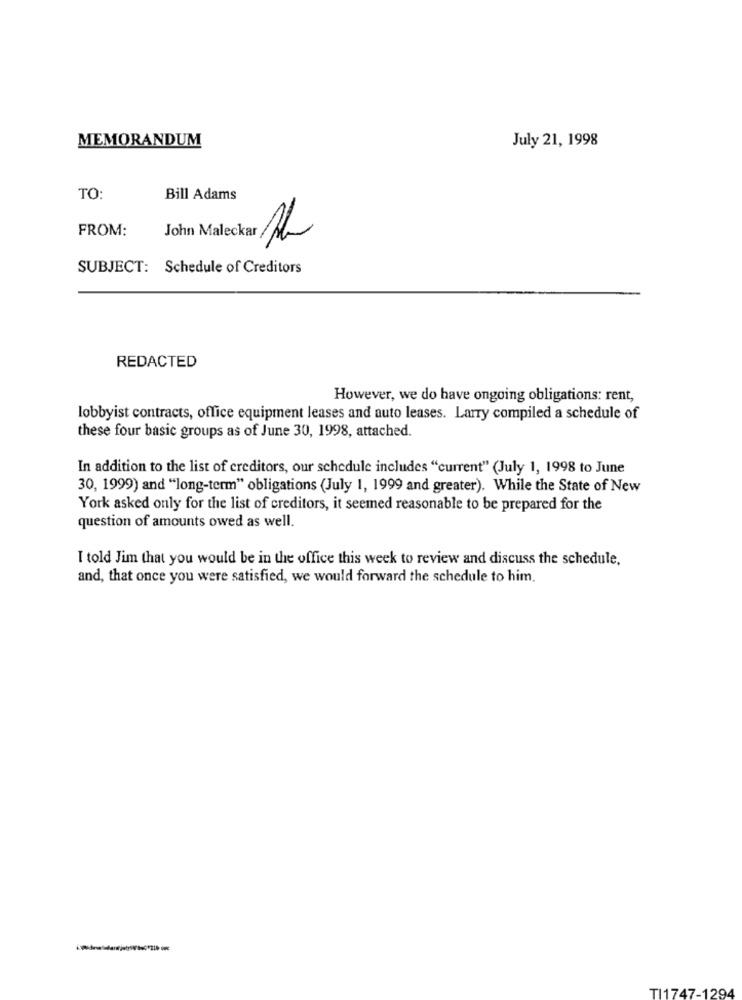
MEMORANDUM
July 21, 1998
TO:
Bill Adams
FROM:
John Maleckar th
SUBJECT: Schedule of Creditors
REDACTED
However, we do have ongoing obligations: rent,
lobbyist contracts, office equipment leases and auto leases. Larry compiled a schedule of
these four basic groups as of June 30, 1998, attached.
In addition to the list of creditors, our schedule includes "current" (July 1, 1998 to June
30, 1999) and "long-term" obligations (July 1, 1999 and greater). While the State of New
York asked only for the list of creditors, it seemed reasonable to be prepared for the
question of amounts owed as well.
I told Jim that you would be in the office this week to review and discuss the schedule,
and, that once you were satisfied, we would forward the schedule to him.
-
TI1747-1294